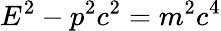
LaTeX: E^{2}-p^{2}c^{2}=m^{2}c^{4}